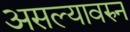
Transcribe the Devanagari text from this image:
असल्यावरुन